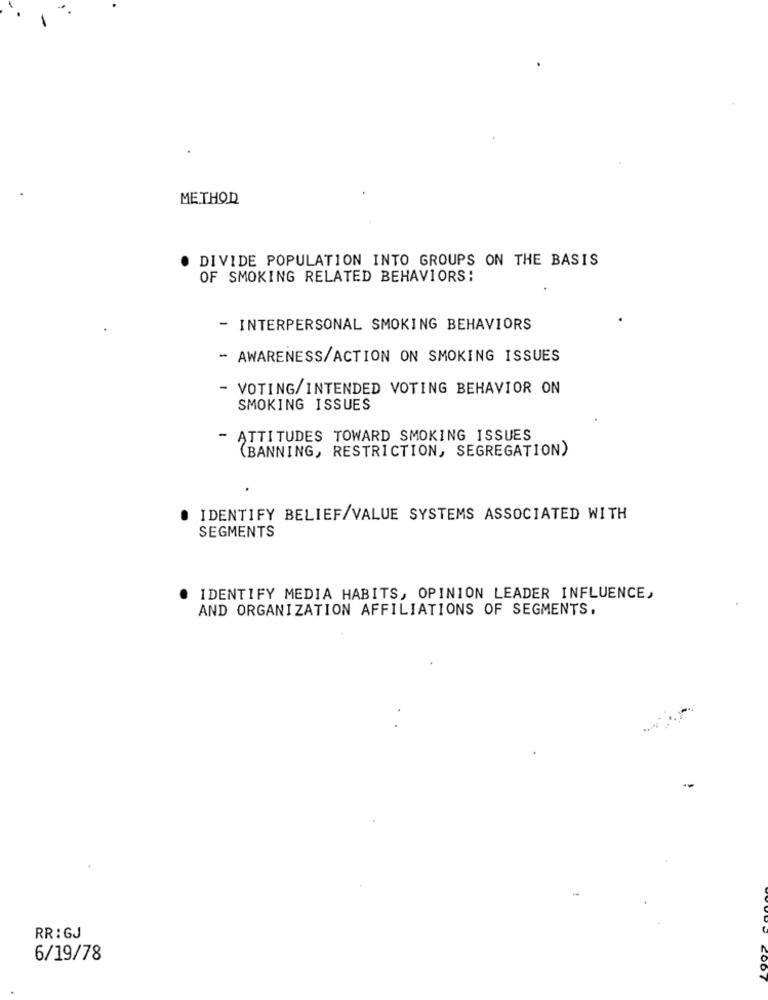
METHOD
DIVIDE POPULATION INTO GROUPS ON THE BASIS
OF SMOKING RELATED BEHAVIORS:
- INTERPERSONAL SMOKING BEHAVIORS
- AWARENESS/ACTION ON SMOKING ISSUES
VOTING/INTENDED VOTING BEHAVIOR ON
SMOKING ISSUES
- ATTITUDES TOWARD SMOKING ISSUES
(BANNING, RESTRICTION, SEGREGATION)
IDENTIFY BELIEF/VALUE SYSTEMS ASSOCIATED WITH
SEGMENTS
IDENTIFY MEDIA HABITS, OPINION LEADER INFLUENCE,
AND ORGANIZATION AFFILIATIONS OF SEGMENTS.
RR: GJ
6/19/78